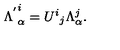
{ \Lambda ^ { ' } } _ { \alpha } ^ { i } = { U ^ { i } } _ { j } \Lambda _ { \alpha } ^ { j } .